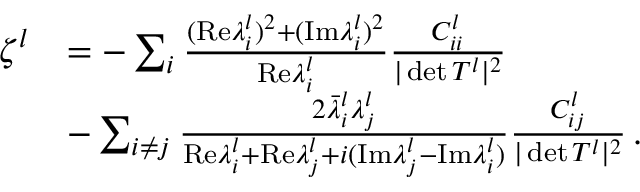
\begin{array} { r l } { \ \! \! \zeta ^ { l } } & { = - \sum _ { i } \frac { ( \mathrm { R e } \lambda _ { i } ^ { l } ) ^ { 2 } + ( \mathrm { I m } \lambda _ { i } ^ { l } ) ^ { 2 } } { \mathrm { R e } \lambda _ { i } ^ { l } } \frac { C _ { i i } ^ { l } } { \vert \operatorname* { d e t } T ^ { l } \vert ^ { 2 } } } \\ & { - \sum _ { i \neq j } \frac { 2 \bar { \lambda } _ { i } ^ { l } \lambda _ { j } ^ { l } } { \mathrm { R e } \lambda _ { i } ^ { l } + \mathrm { R e } \lambda _ { j } ^ { l } + i ( \mathrm { I m } \lambda _ { j } ^ { l } - \mathrm { I m } \lambda _ { i } ^ { l } ) } \frac { C _ { i j } ^ { l } } { \vert \operatorname* { d e t } T ^ { l } \vert ^ { 2 } } \, . } \end{array}